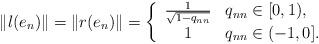
LaTeX: \begin{align*}\|l(e_n)\| = \|r(e_n)\| = \left\{\begin{array}{cl} \frac{1}{\sqrt{1-q_{nn}}} & q_{nn}\in [0,1),\\1 & q_{nn}\in (-1,0]. \end{array}\right.\end{align*}